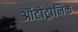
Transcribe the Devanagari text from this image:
ऑटोट्रोनिक